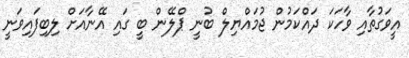
އީވަގުތާއި ވާހަކަ ދައްކަމުން ޖުމައްޔިލް ބުނީ ޕްލޭން ބީ ގައި އޭނާއަށް ލިބިފައިވަނީ